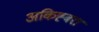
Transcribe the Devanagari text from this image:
अकिह्बरा